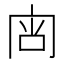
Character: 𰇟